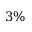
3 \%